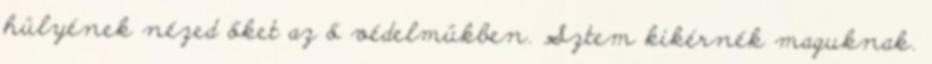
hülyének nézed őket az ő védelmükben. Sztem kikérnék maguknak.